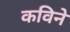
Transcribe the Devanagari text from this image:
कविने